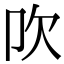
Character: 𣢀